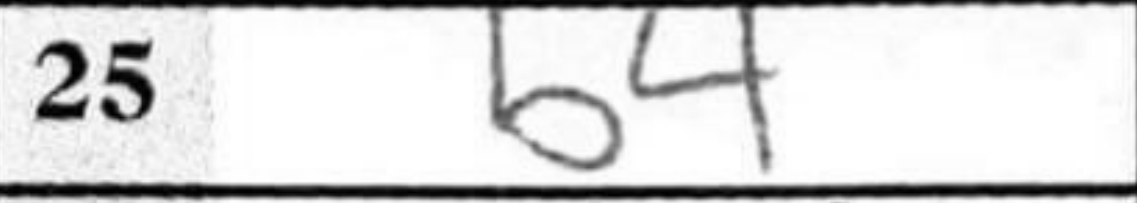
Transcription: b4